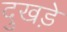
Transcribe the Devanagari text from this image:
दुखड़े